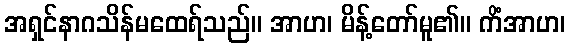
အရှင်နာဂသိန်မထေရ်သည်။ အာဟ၊ မိန့်တော်မူ၏။ ကိံအာဟ၊